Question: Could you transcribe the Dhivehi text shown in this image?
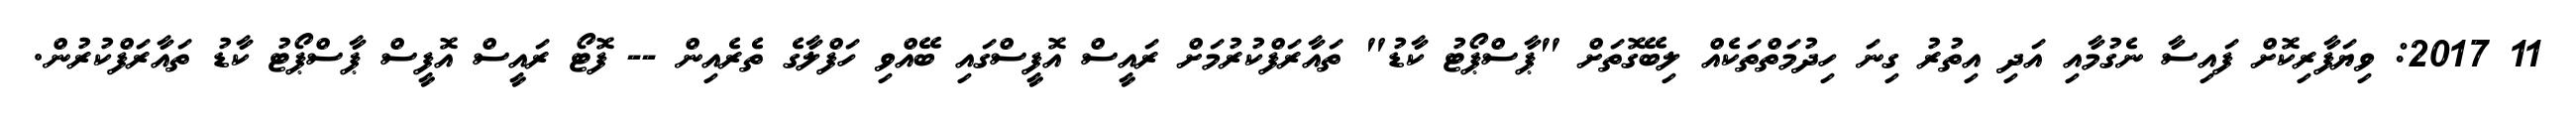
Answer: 11 2017: ވިޔަފާރިކޮށް ފައިސާ ނެގުމާއި އަދި އިތުރު ގިނަ ހިދުމަތްތަކެއް ލިބޭގޮތަށް "ޕާސްޕޯޓު ކާޑު" ތައާރަފްކުރުމަށް ރައީސް އޮފީސްގައި ބޭއްވި ހަފްލާގެ ތެރެއިން -- ފޮޓޯ ރައީސް އޮފީސް ޕާސްޕޯޓު ކާޑު ތައާރަފްކުރުން.